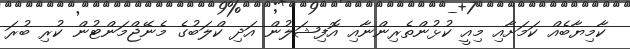
ކާމިޔާބެއް ކަމަށާއި މިއީ ކުޅުންތެރިންނާއި އޮފިޝަލުން އަދި ކްލަބުގެ މެނޭޖްމަންޓުން ކުރި ބުރަ